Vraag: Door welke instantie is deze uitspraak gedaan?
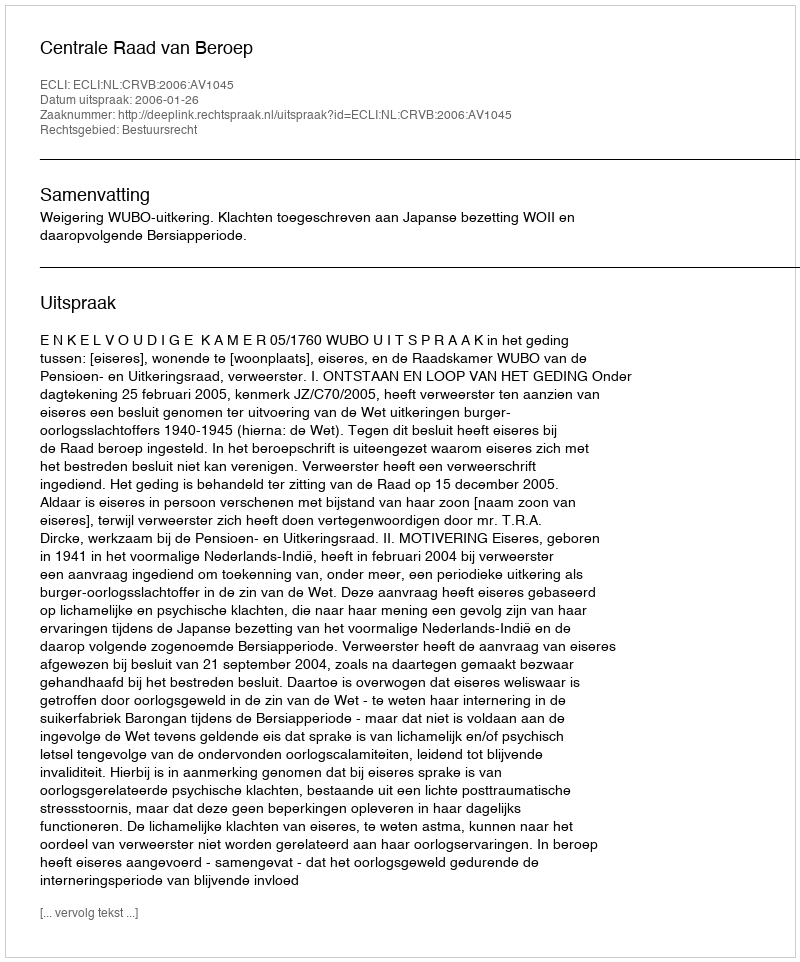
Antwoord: Centrale Raad van Beroep